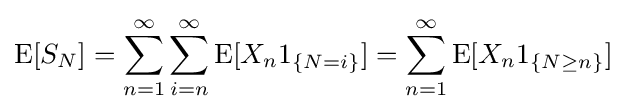
\operatorname {E} [S_{N}]=\sum _{n=1}^{\infty }\sum _{i=n}^{\infty }\operatorname {E} [X_{n}1_{\{N=i\}}]=\sum _{n=1}^{\infty }\operatorname {E} [X_{n}1_{\{N\geq n\}}]